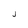
Character: j